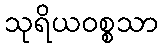
သုရိယဝစ္စသာ